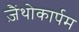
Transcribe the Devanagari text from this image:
ज़ैंथोकार्पम